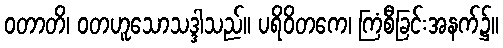
ဝတာတိ၊ ဝတဟူသောသဒ္ဒါသည်။ ပရိဝိတကေ၊ ကြံစီခြင်းအနက်၌။